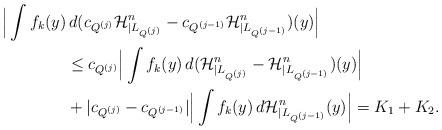
LaTeX: \begin{align*}\Big| \int f_k(y)&\,d(c_{Q^{(j)}} \mathcal{H}^n_{\mid L_{Q^{(j)}}} - c_{Q^{(j-1)}} \mathcal{H}^n_{\mid L_{Q^{(j-1)}}})(y)\Big |\\ &\le c_{Q^{(j)}} \Big| \int f_k(y)\,d(\mathcal{H}^n_{\mid L_{Q^{(j)}}} - \mathcal{H}^n_{\mid L_{Q^{(j-1)}}})(y)\Big| \\&+ |c_{Q^{(j)}} -c_{Q^{(j-1)}}| \Big| \int f_k(y)\, d\mathcal{H}^n_{\mid L_{Q^{(j-1)}}}(y)\Big | = K_1 + K_2.\end{align*}